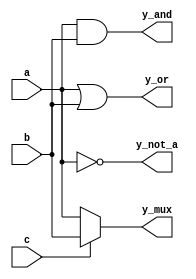
module simple_assignments (
    input wire a,           // Input signal a
    input wire b,           // Input signal b
    input wire c,           // Input signal c
    output wire y_and,      // Output for AND operation
    output wire y_or,       // Output for OR operation
    output wire y_not_a,    // Output for NOT operation on a
    output wire y_mux       // Output for a simple multiplexer
);

// Continuous assignments using the assign statement

// AND operation: y_and = a AND b
assign y_and = a & b;

// OR operation: y_or = a OR b
assign y_or = a | b;

// NOT operation: y_not_a = NOT a
assign y_not_a = ~a;

// Simple 2-to-1 multiplexer: 
// If c is 0, y_mux = a; if c is 1, y_mux = b
assign y_mux = (c == 1'b0) ? a : b;

endmodule